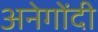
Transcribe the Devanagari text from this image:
अनेगोंदी